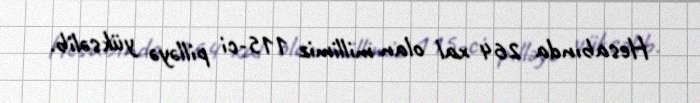
Hesabında 264 xal olan millimiz 115-ci pilləyə yüksəlib.